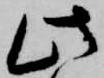
此